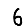
Digit: 6